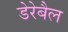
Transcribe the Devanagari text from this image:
डेरेबैल